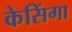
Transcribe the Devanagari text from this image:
केसिंगा